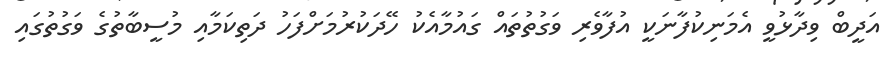
އަދީބް ވިދާޅުވީ އެމަނިކުފާނަކީ އުފާވެރި ވަގުތުތައް ގައުމާއެކު ހޭދަކުރުމަށްފަހު ދަތިކަމާއި މުސީބާތުގެ ވަގުތުގައި